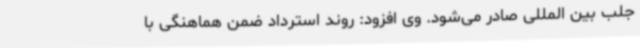
جلب بین المللی صادر می‌شود. وی افزود: روند استرداد ضمن هماهنگی با